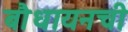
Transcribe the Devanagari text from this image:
बौधायनची